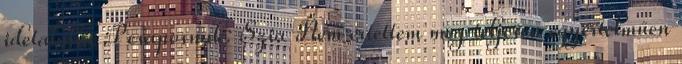
idetalálni :P csaposnak: Szia Nem értettem meg teljesen egyértelműen